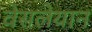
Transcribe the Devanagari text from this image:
वेसलेयान